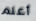
أعلم